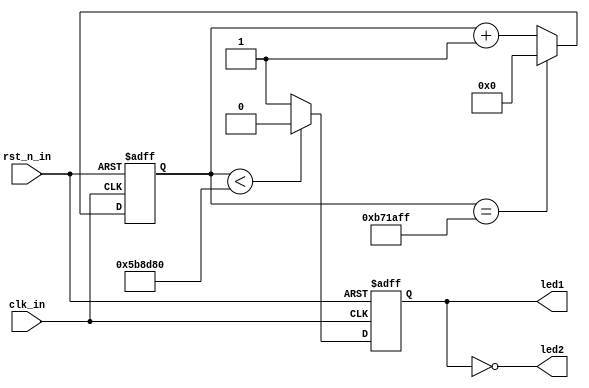
//2020.9.16
//&LED
// https://www.stepfpga.com/doc/%E5%BF%AB%E9%80%9F%E4%B8%8A%E6%89%8Bstep-max10


//Module FunctionLED
module LED_Shining
(
input clk_in,	//clk_in = 12mhz
input rst_n_in,	//rst_n_in, active low
output led1,
output led2
);

parameter CLK_DIV_PERIOD = 12_000_000;

reg clk_div = 0;

//wire led1,led2;
assign led1 = clk_div;
assign led2 = ~clk_div;

//clk_div = clk_in/CLK_DIV_PERIOD
reg[24:0] cnt = 0;
always@(posedge clk_in or negedge rst_n_in) begin
	if(!rst_n_in) begin
		cnt <= 0;
		clk_div <= 0;
	end else begin
		if(cnt == (CLK_DIV_PERIOD - 1)) cnt <= 0;
		else cnt <= cnt + 1'b1;
		if(cnt < (CLK_DIV_PERIOD>>1)) clk_div <=0;
		else clk_div <= 1'b1;
	end
end

endmodule